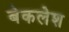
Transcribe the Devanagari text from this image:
बेकलेश